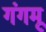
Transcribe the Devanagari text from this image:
गंगमू